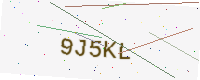
Text: 9J5KL